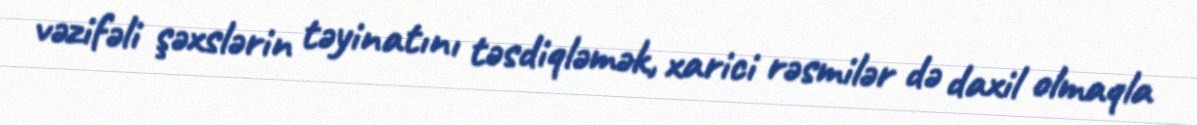
vəzifəli şəxslərin təyinatını təsdiqləmək, xarici rəsmilər də daxil olmaqla